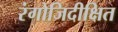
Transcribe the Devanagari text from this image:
रंगोजिदीक्षित